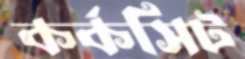
কর্কসিট